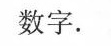
数字。